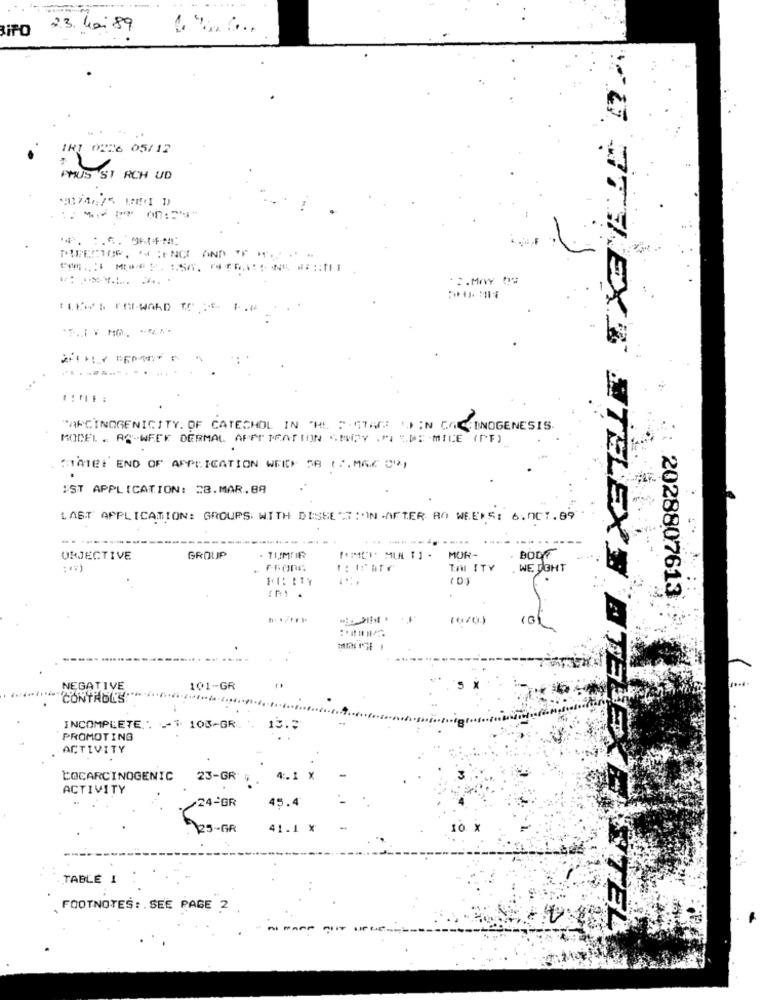
BiFO
23.40. 89
IR1 0226 05/12
AMUS ST RCH UD
18174675 MEI D)
:**** 00 :===
·. MAY De
"ARCINOGENICITY. OF CATECHOL IN THE PASTAGE OF IN COCHINOGENESIS.
MODEL. AC-WEEK DERMAL APPT TRATION CHOPY ."I "DE MICE (PF)
Same: END OF APPLICATION WEIDE 58 17, MAZ 00)
IST APPLICATION: 28.MAR.88
LAST APPLICATION: GROUPS: WITH DISSECTION AFTER RO WEEKS: 6.001.89
. ....
BOLT
OBJECTIVE
GROUP
· TUMIR
MOR-
TIM ITY
WE DOHT
( D)
2028807613
(31
NEGATIVE
101-GR
CONTABE'S""
INCOMPLETE.". "" 103-GR. .
13.3
PROMOTING
ACTIVITY
LOCARCINOGENIC
23-GR
ACTIVITY
/24-BR
U ATY EXE STELEXT ATELE -
25-GR
10 X
TABLE 1
FOOTNOTES: . SEE PAGE 2